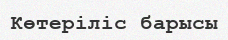
Көтеріліс барысы